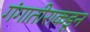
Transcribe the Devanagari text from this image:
गंगातीराकडून